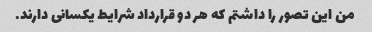
من این تصور را داشتم که هر دو قرارداد شرایط یکسانی دارند.